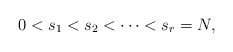
\begin{align*}0 < s_1 < s_2 < \cdots < s_r = N,\end{align*}